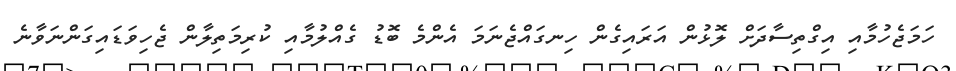
ހަމަޖެހުމާއި އިގްތިސާދަށް ލޮޅުން އަރައިގެން ހިނގައްޖެނަމަ އެންމެ ބޮޑު ގެއްލުމާއި ކުރިމަތިލާން ޖެހިވަޑައިގަންނަވާނެ